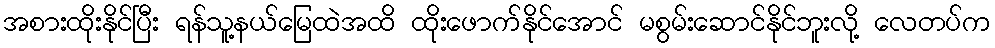
အစားထိုးနိုင်ပြီး ရန်သူ့နယ်မြေထဲအထိ ထိုးဖောက်နိုင်အောင် မစွမ်းဆောင်နိုင်ဘူးလို့ လေတပ်က